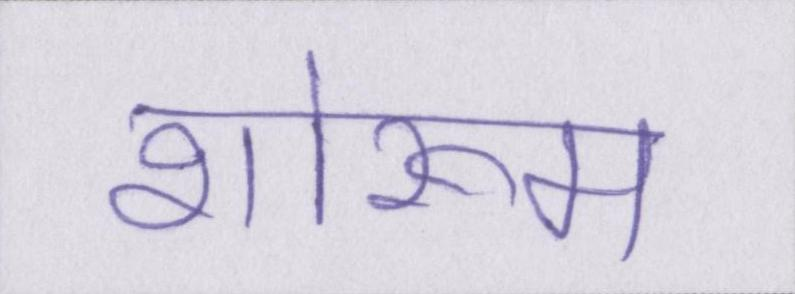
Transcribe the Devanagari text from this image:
शोरूम